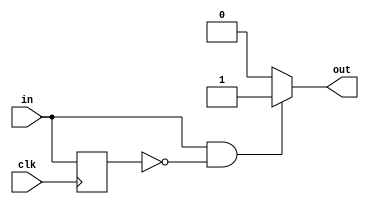
/*
   This file was generated automatically by Alchitry Labs version 1.1.6.
   Do not edit this file directly. Instead edit the original Lucid source.
   This is a temporary file and any changes made to it will be destroyed.
*/

/*
   Parameters:
     RISE = 1
     FALL = 0
*/
module edge_detector_2 (
    input clk,
    input in,
    output reg out
  );
  
  localparam RISE = 1'h1;
  localparam FALL = 1'h0;
  
  
  reg M_last_d, M_last_q = 1'h0;
  
  always @* begin
    M_last_d = M_last_q;
    
    out = 1'h0;
    M_last_d = in;
    if (1'h1) begin
      if (in == 1'h1 && M_last_q == 1'h0) begin
        out = 1'h1;
      end
    end
    if (1'h0) begin
      if (in == 1'h0 && M_last_q == 1'h1) begin
        out = 1'h1;
      end
    end
  end
  
  always @(posedge clk) begin
    M_last_q <= M_last_d;
  end
  
endmodule